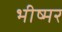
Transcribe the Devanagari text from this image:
भीष्मर